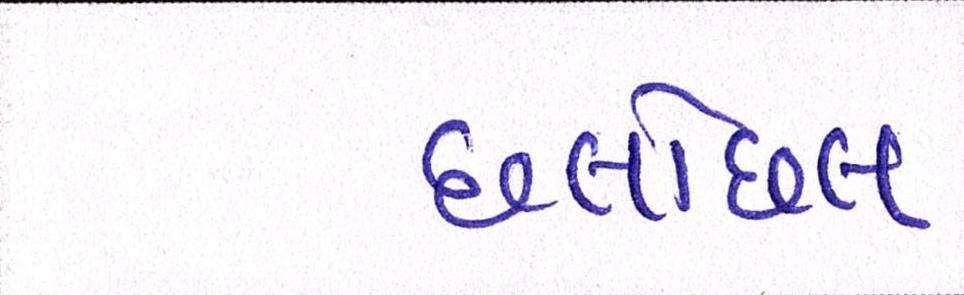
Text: છલોછલ